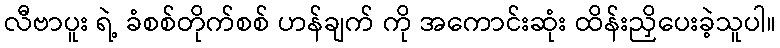
လီဗာပူး ရဲ့ ခံစစ်တိုက်စစ် ဟန်ချက် ကို အကောင်းဆုံး ထိန်းညှိပေးခဲ့သူပါ။